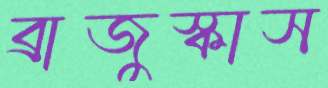
ব্রাজুস্কাস